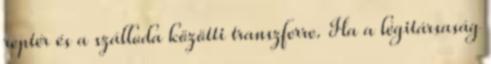
reptér és a szálloda közötti transzferre. Ha a légitársaság